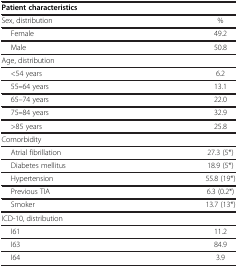
| Patient characteristics |  |
 | --- | --- |
 | Sex, distribution | % |
 | Female | 49.2 |
 | Male | 50.8 |
 | Age, distribution |  |
 | <54 years | 6.2 |
 | 55–64 years | 13.1 |
 | 65–74 years | 22.0 |
 | 75–84 years | 32.9 |
 | >85 years | 25.8 |
 | Comorbidity |  |
 | Atrial fibrillation | 27.3 (5*) |
 | Diabetes mellitus | 18.9 (5*) |
 | Hypertension | 55.8 (19*) |
 | Previous TIA | 6.3 (0.2*) |
 | Smoker | 13.7 (13*) |
 | ICD-10, distribution |  |
 | I61 | 11.2 |
 | I63 | 84.9 |
 | I64 | 3.9 |